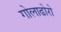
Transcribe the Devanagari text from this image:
गोलाढोरो